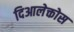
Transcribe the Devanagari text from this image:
दिआलेक्तोस